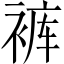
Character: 裤